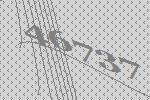
46737